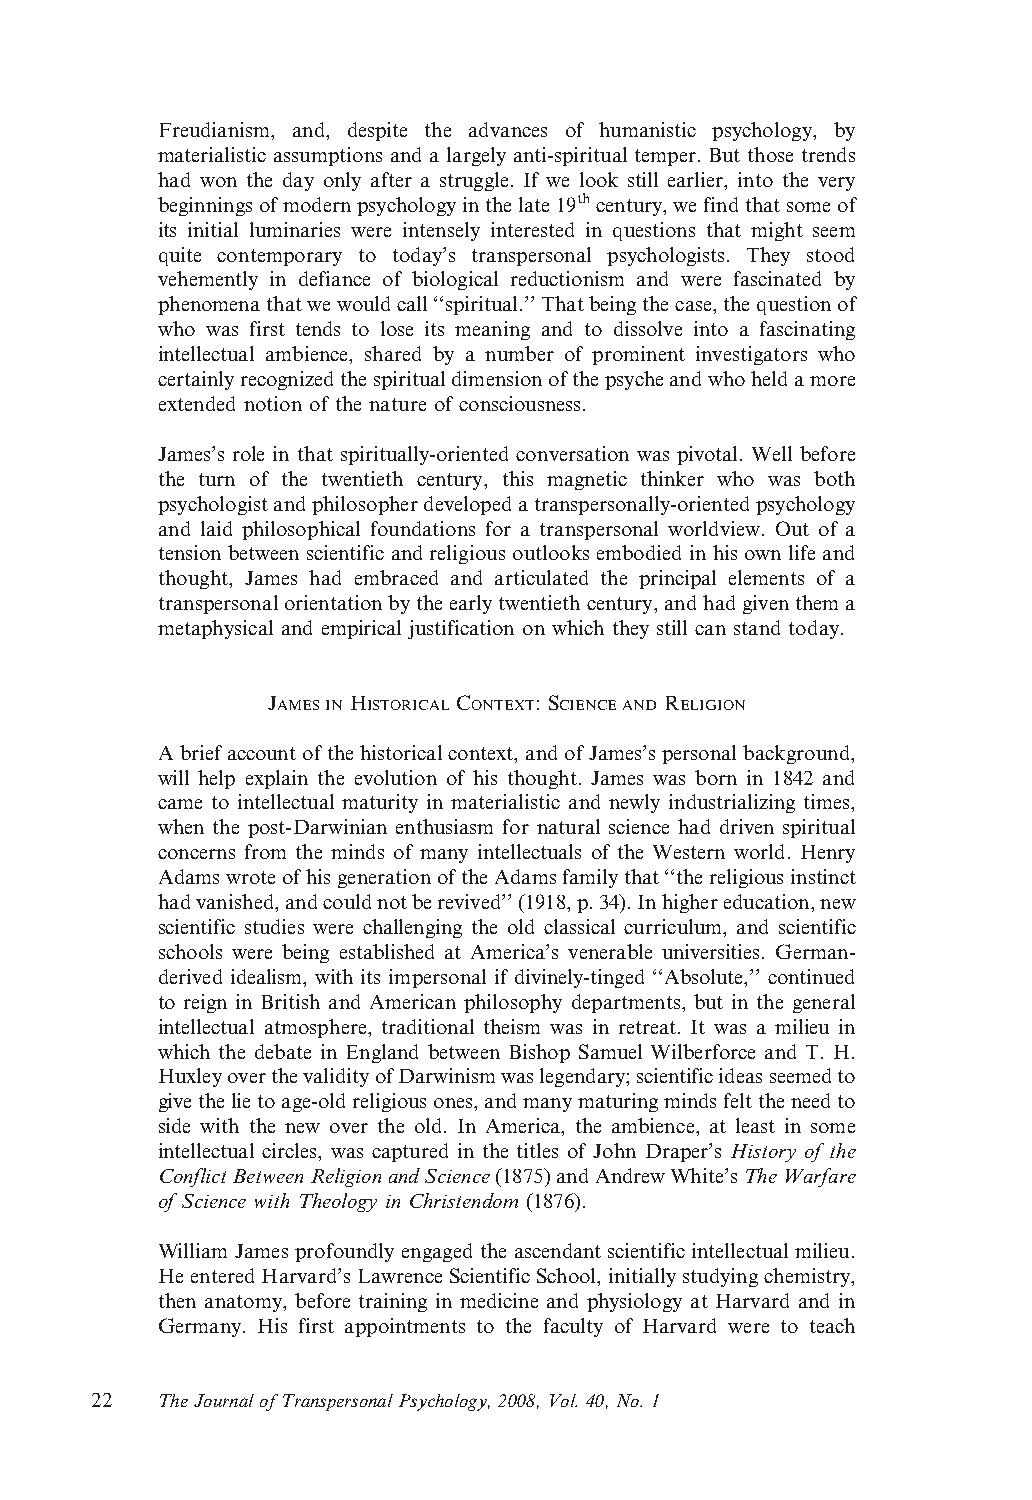
Freudianism, and, despite the advances of humanistic psychology, by
 materialistic assumptions and a largely anti-spiritual temper. But those trends
 had won the day only after a struggle. If we look still earlier, into the very
 beginningsofmodernpsychologyinthelate19thcentury,wefindthatsomeof
 its initial luminaries were intensely interested in questions that might seem
 quite contemporary to today’s transpersonal psychologists. They stood
 vehemently in defiance of biological reductionism and were fascinated by
 phenomenathatwewouldcall‘‘spiritual.’’Thatbeingthecase,thequestionof
 who was first tends to lose its meaning and to dissolve into a fascinating
 intellectual ambience, shared by a number of prominent investigators who
 certainlyrecognizedthespiritualdimensionofthepsycheandwhoheldamore
 extended notion of the nature of consciousness.
 James’s role in that spiritually-oriented conversation was pivotal. Well before
 the turn of the twentieth century, this magnetic thinker who was both
 psychologistandphilosopherdevelopedatranspersonally-orientedpsychology
 and laid philosophical foundations for a transpersonal worldview. Out of a
 tension between scientific and religious outlooks embodied in his own life and
 thought, James had embraced and articulated the principal elements of a
 transpersonalorientationbytheearlytwentiethcentury,andhadgiventhema
 metaphysical and empirical justification on which they still can stand today.
 JAMESIN HISTORICAL CONTEXT: SCIENCEAND RELIGION
 Abriefaccountofthehistoricalcontext,andofJames’spersonalbackground,
 will help explain the evolution of his thought. James was born in 1842 and
 came to intellectual maturity in materialistic and newly industrializing times,
 when the post-Darwinian enthusiasm for natural science had driven spiritual
 concerns from the minds of many intellectuals of the Western world. Henry
 AdamswroteofhisgenerationoftheAdamsfamilythat‘‘thereligiousinstinct
 hadvanished,andcouldnotberevived’’(1918,p.34).Inhighereducation,new
 scientific studies were challenging the old classical curriculum, and scientific
 schools were being established at America’s venerable universities. German-
 derived idealism, with its impersonal if divinely-tinged ‘‘Absolute,’’ continued
 to reign in British and American philosophy departments, but in the general
 intellectual atmosphere, traditional theism was in retreat. It was a milieu in
 which the debate in England between Bishop Samuel Wilberforce and T. H.
 HuxleyoverthevalidityofDarwinismwaslegendary;scientificideasseemedto
 givethelietoage-oldreligiousones,andmanymaturingmindsfelttheneedto
 side with the new over the old. In America, the ambience, at least in some
 intellectual circles, was captured in the titles of John Draper’s History of the
 ConflictBetweenReligionandScience(1875)andAndrewWhite’sTheWarfare
 of Science with Theology in Christendom (1876).
 William James profoundly engaged the ascendant scientific intellectual milieu.
 HeenteredHarvard’sLawrenceScientificSchool,initiallystudyingchemistry,
 then anatomy, before training in medicine and physiology at Harvard and in
 Germany. His first appointments to the faculty of Harvard were to teach
 22  TheJournal ofTranspersonal Psychology,2008, Vol. 40,No. 1